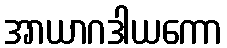
အာယာဂဒါယကော